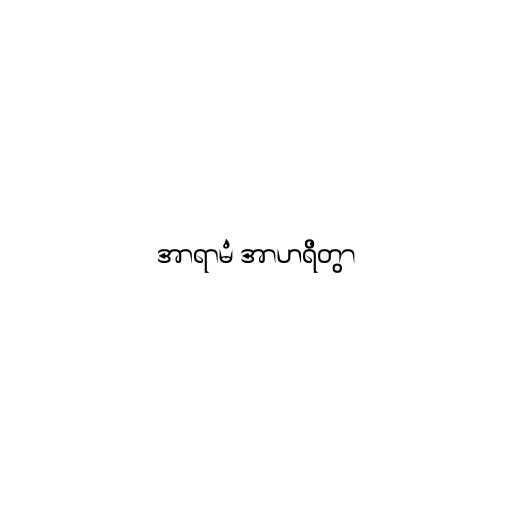
အာရာမံ အာဟရိတွာ